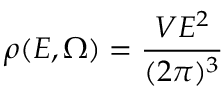
\rho ( E , \Omega ) = \frac { V E ^ { 2 } } { ( 2 \pi ) ^ { 3 } }